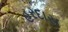
હરદાસ